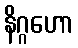
နိဂ္ဂဟော